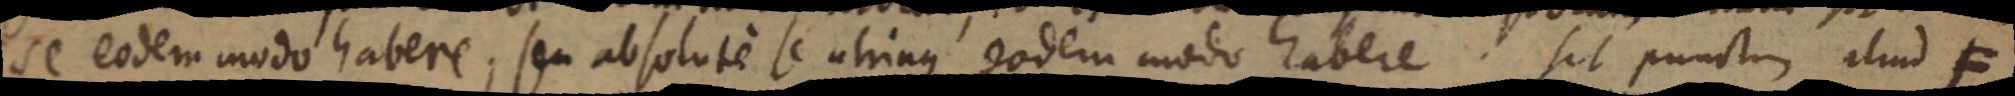
se eodem modo habere, seu absolute se utriaque eodem modo habere. Sit punctum aliud F